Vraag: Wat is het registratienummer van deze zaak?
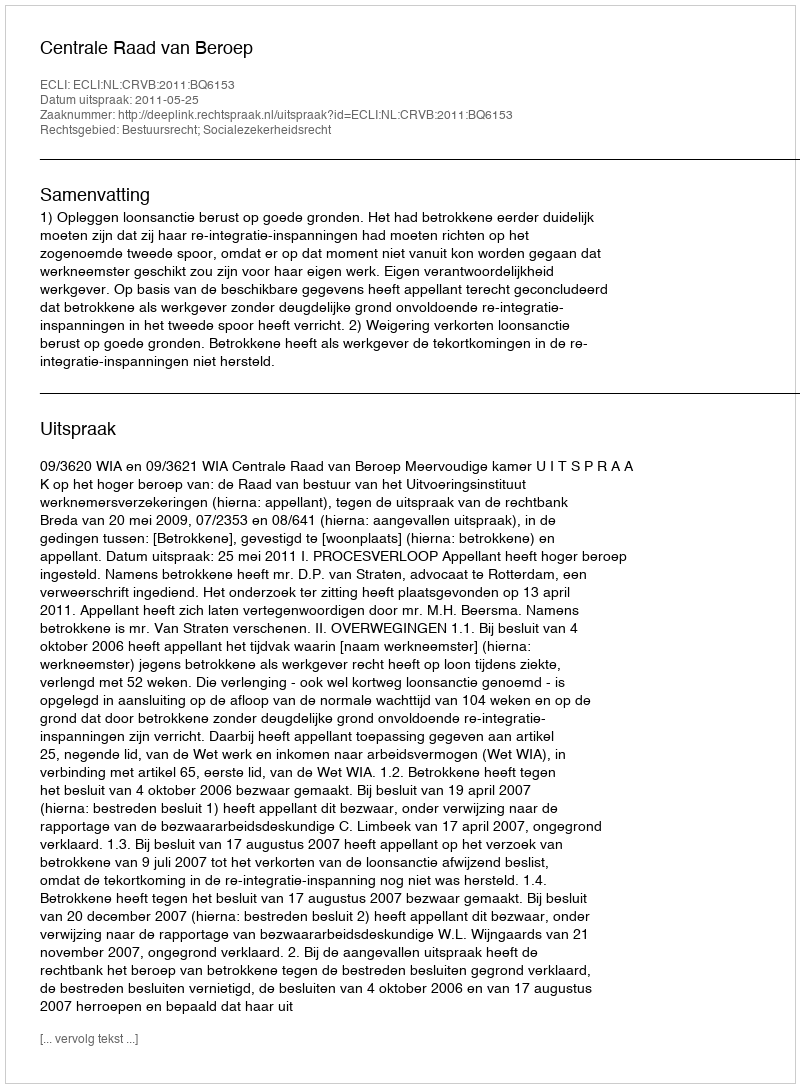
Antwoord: http://deeplink.rechtspraak.nl/uitspraak?id=ECLI:NL:CRVB:2011:BQ6153